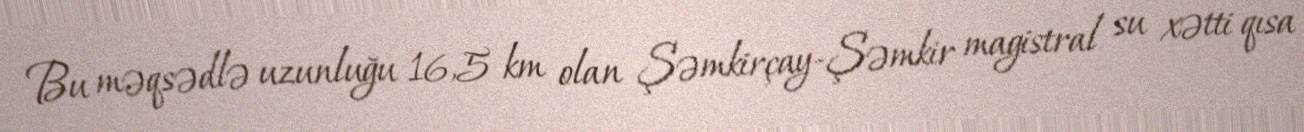
Bu məqsədlə uzunluğu 16,5 km olan Şəmkirçay-Şəmkir magistral su xətti qısa